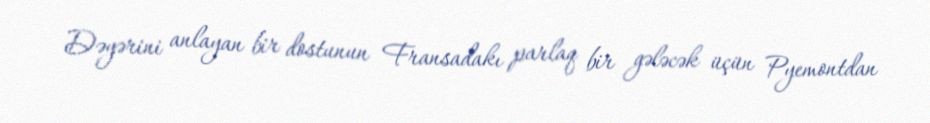
Dəyərini anlayan bir dostunun Fransadakı parlaq bir gələcək üçün Pyemontdan